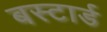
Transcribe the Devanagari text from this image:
बस्टार्ड